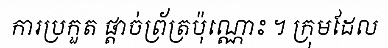
ការប្រកួត ផ្តាច់ព្រ័ត្រប៉ុណ្ណោះ ។ ក្រុមដែល